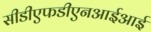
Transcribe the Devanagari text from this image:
सीडीएफडीएनआईआई